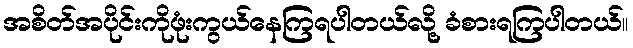
အစိတ်အပိုင်းကိုဖုံးကွယ်နေကြရပါတယ်လို့ ခံစားရကြပါတယ်။